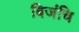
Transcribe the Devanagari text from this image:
बिजंचि